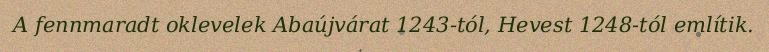
A fennmaradt oklevelek Abaújvárat 1243-tól, Hevest 1248-tól említik.